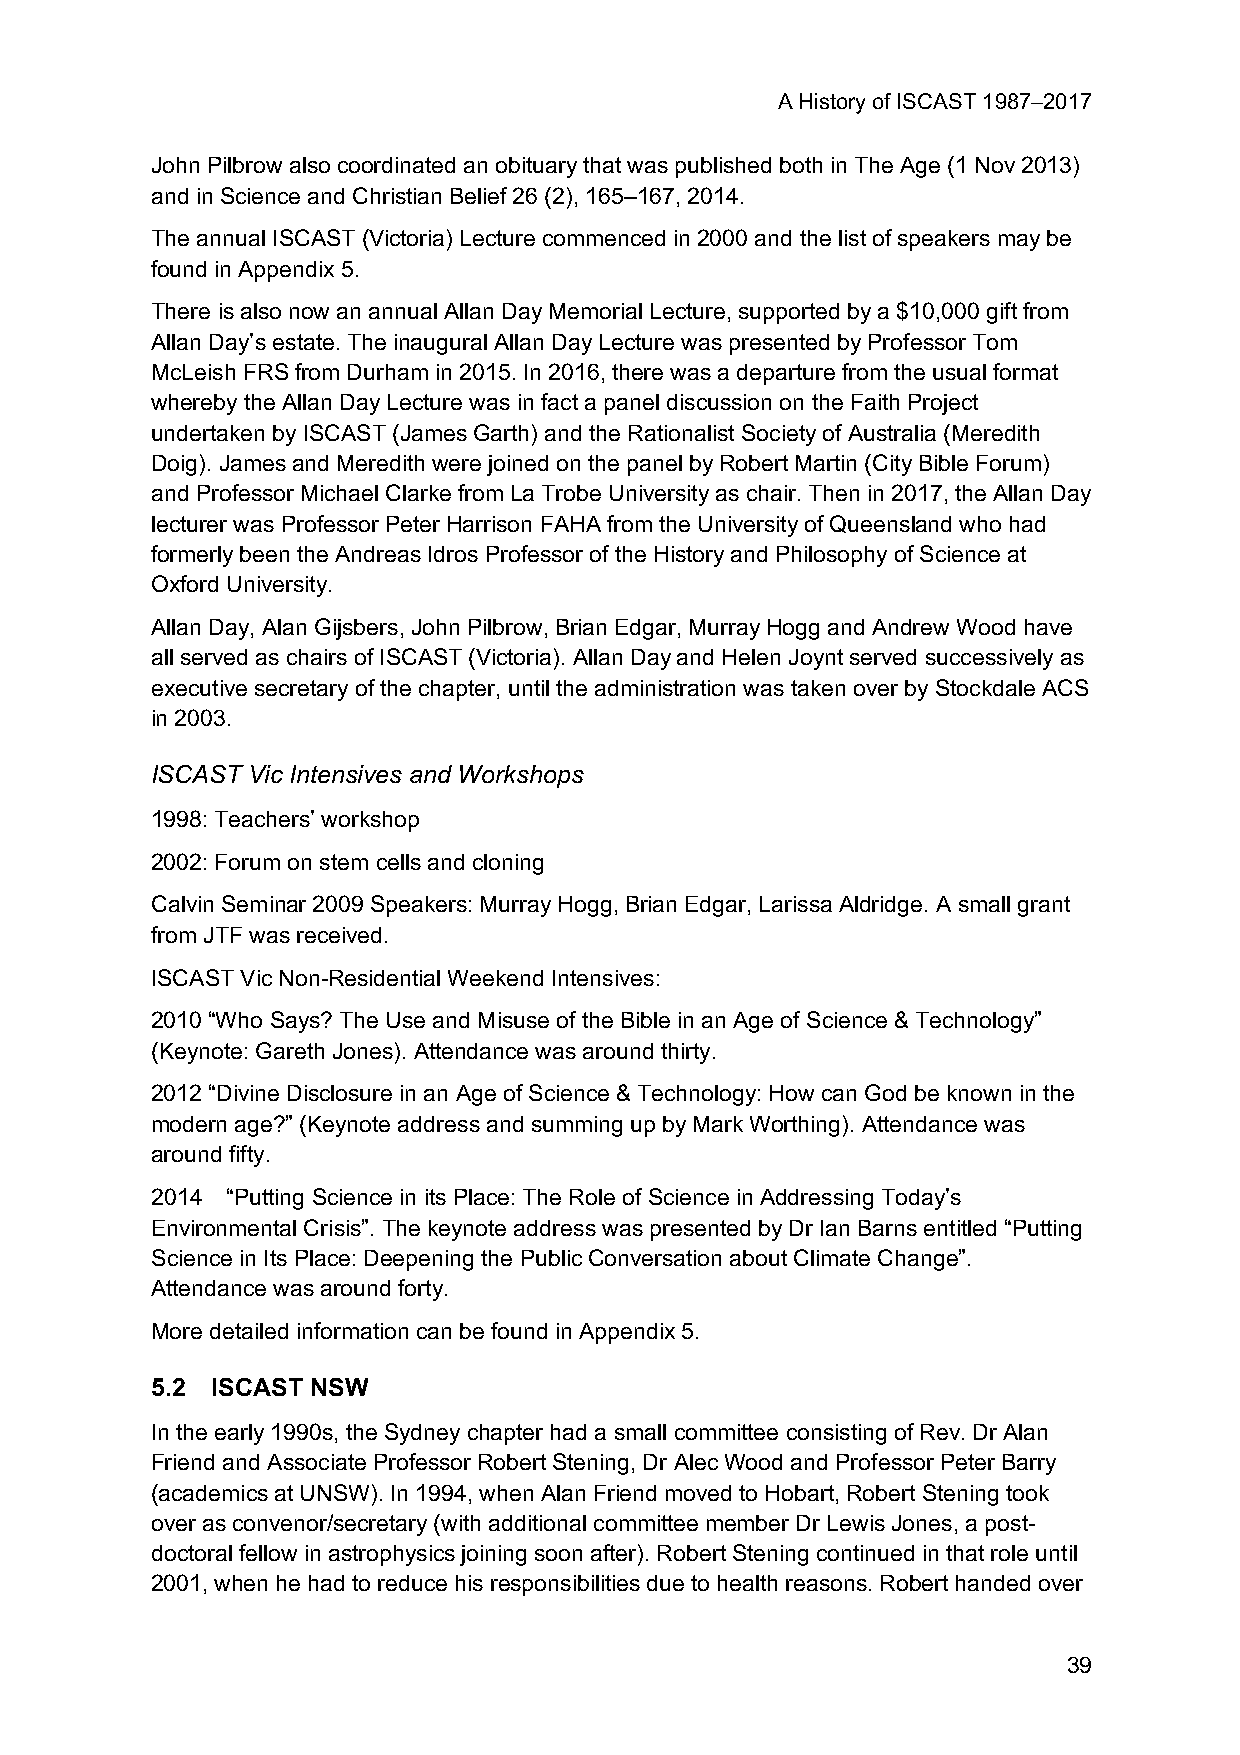
A History of ISCAST 1987–2017
 John Pilbrow also coordinated an obituary that was published both in The Age (1 Nov 2013)
 and in Science and Christian Belief 26 (2), 165–167, 2014.
 The annual ISCAST (Victoria) Lecture commenced in 2000 and the list of speakers may be
 found in Appendix 5.
 There is also now an annual Allan Day Memorial Lecture, supported by a $10,000 gift from
 Allan Day’s estate. The inaugural Allan Day Lecture was presented by Professor Tom
 McLeish FRS from Durham in 2015. In 2016, there was a departure from the usual format
 whereby the Allan Day Lecture was in fact a panel discussion on the Faith Project
 undertaken by ISCAST (James Garth) and the Rationalist Society of Australia (Meredith
 Doig). James and Meredith were joined on the panel by Robert Martin (City Bible Forum)
 and Professor Michael Clarke from La Trobe University as chair. Then in 2017, the Allan Day
 lecturer was Professor Peter Harrison FAHA from the University of Queensland who had
 formerly been the Andreas Idros Professor of the History and Philosophy of Science at
 Oxford University.
 Allan Day, Alan Gijsbers, John Pilbrow, Brian Edgar, Murray Hogg and Andrew Wood have
 all served as chairs of ISCAST (Victoria). Allan Day and Helen Joynt served successively as
 executive secretary of the chapter, until the administration was taken over by Stockdale ACS
 in 2003.
 ISCAST Vic Intensives and Workshops
 1998: Teachers’ workshop
 2002: Forum on stem cells and cloning
 Calvin Seminar 2009 Speakers: Murray Hogg, Brian Edgar, Larissa Aldridge. A small grant
 from JTF was received.
 ISCAST Vic Non-Residential Weekend Intensives:
 2010 “Who Says? The Use and Misuse of the Bible in an Age of Science & Technology”
 (Keynote: Gareth Jones). Attendance was around thirty.
 2012 “Divine Disclosure in an Age of Science & Technology: How can God be known in the
 modern age?” (Keynote address and summing up by Mark Worthing). Attendance was
 around fifty.
 2014 “Putting Science in its Place: The Role of Science in Addressing Today’s
 Environmental Crisis”. The keynote address was presented by Dr Ian Barns entitled “Putting
 Science in Its Place: Deepening the Public Conversation about Climate Change”.
 Attendance was around forty.
 More detailed information can be found in Appendix 5.
 5.2 ISCAST NSW
 In the early 1990s, the Sydney chapter had a small committee consisting of Rev. Dr Alan
 Friend and Associate Professor Robert Stening, Dr Alec Wood and Professor Peter Barry
 (academics at UNSW). In 1994, when Alan Friend moved to Hobart, Robert Stening took
 over as convenor/secretary (with additional committee member Dr Lewis Jones, a post-
 doctoral fellow in astrophysics joining soon after). Robert Stening continued in that role until
 2001, when he had to reduce his responsibilities due to health reasons. Robert handed over
 39